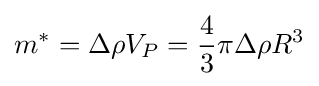
m^{*}=\Delta \rho V_{P}={\frac {4}{3}}\pi \Delta \rho R^{3}